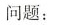
问题：